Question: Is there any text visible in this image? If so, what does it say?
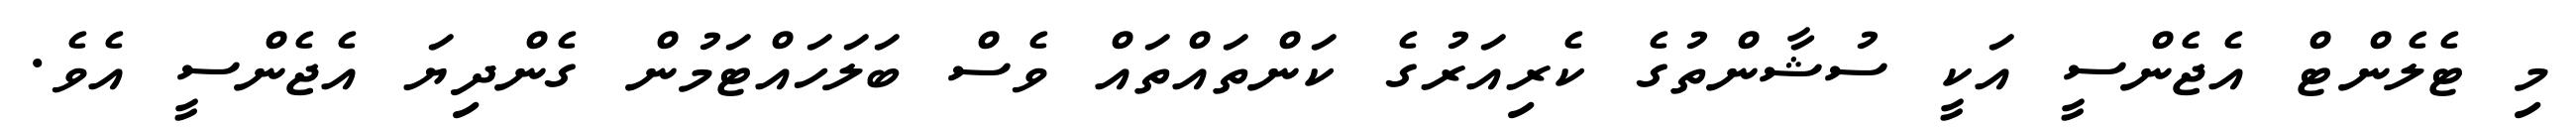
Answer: މި ޓެލެންޓް އެޖެންސީ އަކީ ސުޝާންތުގެ ކެރިއަރުގެ ކަންތައްތައް ވެސް ބަލަހައްޓަމުން ގެންދިޔަ އެޖެންސީ އެވެ.